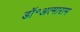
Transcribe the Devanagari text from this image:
डॉ॰अत्माराम